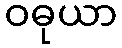
ဝဓုယာ